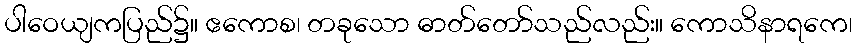
ပါဝေယျကပြည်၌။ ဧကောစ၊ တခုသော ဓာတ်တော်သည်လည်း။ ကောသိနာရကေ၊